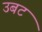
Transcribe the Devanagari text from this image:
उबट